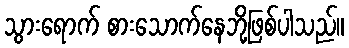
သွားရောက် စားသောက်နေဘို့ဖြစ်ပါသည်။